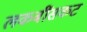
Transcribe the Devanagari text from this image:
लकबींसकट